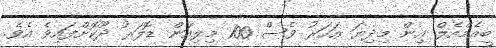
ބީއެމްއެލް އިން މިދިޔަ އަހަރު ވެސް 100 މިލިއަން ޑޮލަރު ދޫކޮށްފައިވެ އެވެ.